Regulations for the medical services of the Army of India
Year: 1930
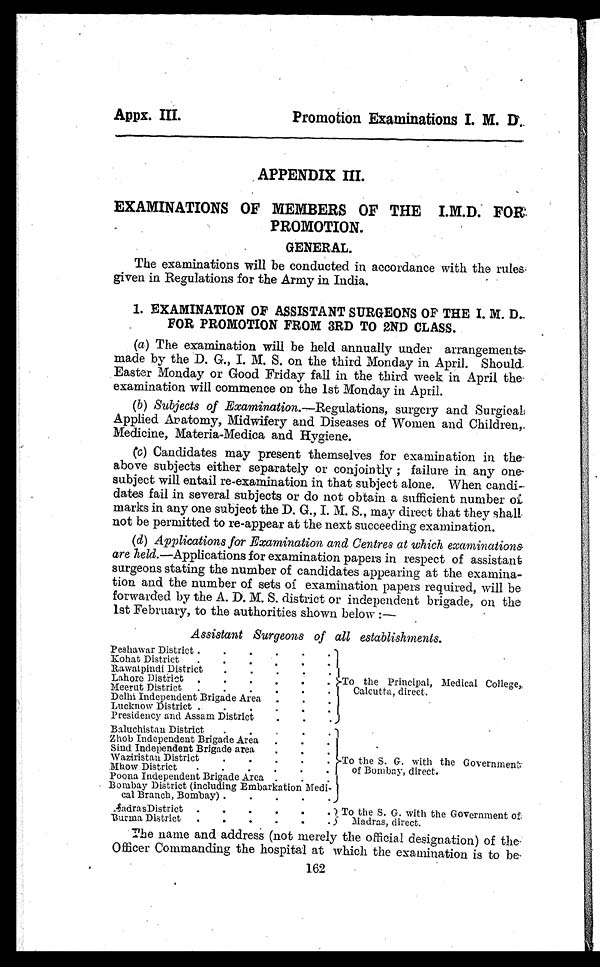
Apps. III.
Promotion Examinations I. M. D.
APPENDIX III.
PROMOTION.
GENERAL.
The examinations will be conducted in accordance with the rules
given in Regulations for the Army in India.
1. EXAMINATION OF ASSISTANT SURGEONS OF THE I. M. D.
FOR PROMOTION FROM 3RD TO 2ND CLASS.
(a) The exami nat i on wi l l be hel d annual l y under arrangement s
made by the D. G., I. M. S. on the third Monday in April. Should.
Easter Monday or Good Friday fall in the third week in April the
examination will commence on the 1st Monday in April.
(b) Subj ect s of Exami nat i on. —Regul at i ons, surgery and Surgi cal ,
Applied Aratomy, Midwifery and Diseases of Women and Children,
Medicine, Materia-Medica and Hygiene.
(c) Candidates may present themselves for examination in the
above subjects either separately or conjointly ; failure in any one
subject will entail re-examination in that subject alone. When candi-
dates fail in several subjects or do not obtain a sufficient number
of marks in any one subject the D. G., I. M. S., may direct that they shall
not be permitted to re-appear at the next succeeding examination.
(d) Appl i cat i ons for Exami nat i on and Cent res at whi ch exami nat i ons
are held.—Applications for examination papers in respect of assistant
surgeons stating the number of candidates appearing at the examina-
tion and the number of sets of examination papers required, will be
forwarded by the A. D. M. S. district or independent brigade, on the
1st February, to the authorities shown below :—
Assistant Suraeons of all establishments.
Peshawar District . . . . . .
To the Principal, Medical College,
Calcutta, direct.
Kohat District.
. . . . .
Rawalpindi District . . . . .
Lahore District . . . . . .
Meerut District . . . . . .
Delhi Independent, Brigade Area . .
Lucknow District . . . . .
Presidency and Assam District . . .
Baluchistan District . .
. .
T o t h e S . G . w i t h t h e G o v e r n m e n t of Bombay, direct.
Zhob Independent Brigade Area . . .
Sind Independent Brigade area . . .
Waziristan District . . . . .
Mhow District . . . . . .
Poona Independent Brigade Area . . .
Bombay District (including Embarkation Medi-
cal Branch, Bombay) . . .
.
AadrasDistrict . . . . . . ) To the S. G. with the Government of
Madras, direct.
Burma District . . . . . .
The name and address (not merely the official designation) of the
Officer Commanding the hospital at which the examination is to be
162